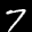
Label: 7